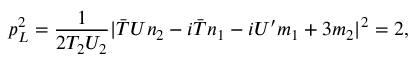
p _ { L } ^ { 2 } = \frac { 1 } { 2 T _ { 2 } U _ { 2 } } | { \bar { T } } U n _ { 2 } - i { \bar { T } } n _ { 1 } - i U ^ { \prime } m _ { 1 } + 3 m _ { 2 } | ^ { 2 } = 2 ,